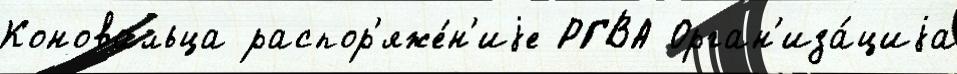
Коновальца распор'яже́н'иjе РГВА Орган'иза́циjа